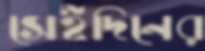
সেইদিনের